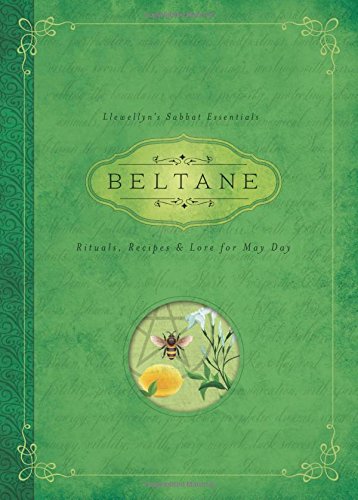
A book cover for Beltane: Rituals, Recipes & Lore for May Day (Llewellyn's Sabbat Essentials); Llewellyn; Religion & Spirituality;